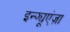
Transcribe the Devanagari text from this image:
इन्फ्यूएंज़ा